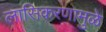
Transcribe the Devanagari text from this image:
लासिकरणामुळे